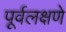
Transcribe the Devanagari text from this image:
पूर्वलक्षणे